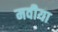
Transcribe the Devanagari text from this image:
मवीया